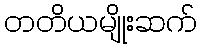
တတိယမျိုးဆက်